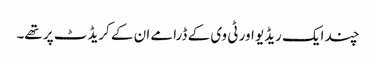
چند ایک ریڈیو اور ٹی وی کے ڈرامے ان کے کریڈٹ پر تھے۔